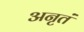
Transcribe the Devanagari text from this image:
अनृतं